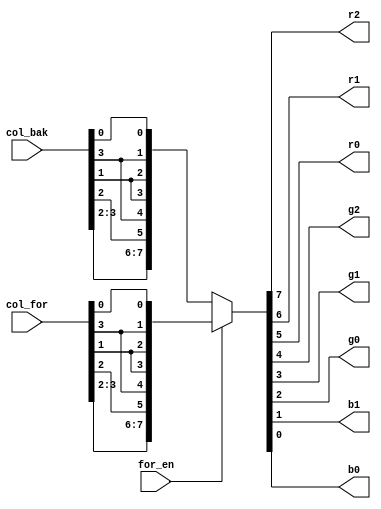
module txt_col(for_en, col_bak, col_for, r2, r1, r0, g2, g1, g0, b1, b0);
parameter BAK_COL_FILE = "";
parameter FOR_COL_FILE = "";

input for_en;
input [3:0] col_bak;
input [3:0] col_for;

wire [7:0] bak_col;
wire [7:0] for_col;
wire [7:0] col;
assign col = for_en ? for_col : bak_col;

reg [7:0] bak_ram[15:0];
reg [7:0] for_ram[15:0];
/*
assign bak_col = bak_ram[col_bak];
assign for_col = for_ram[col_for];
*/

assign bak_col = {col_bak[3], col_bak[2], col_bak[2], col_bak[3], col_bak[1], col_bak[1], col_bak[3], col_bak[0]};
assign for_col = {col_for[3], col_for[2], col_for[2], col_for[3], col_for[1], col_for[1], col_for[3], col_for[0]};
output r2, r1, r0, g2, g1, g0, b1, b0;
assign r2 = col[7];
assign r1 = col[6];
assign r0 = col[5];
assign g2 = col[4];
assign g1 = col[3];
assign g0 = col[2];
assign b1 = col[1];
assign b0 = col[0];

initial begin
  if (BAK_COL_FILE != "") begin
    $readmemh(BAK_COL_FILE, bak_ram);
  end
  if (FOR_COL_FILE != "") begin
    $readmemh(FOR_COL_FILE, for_ram);
  end
end

endmodule